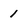
Character: 1